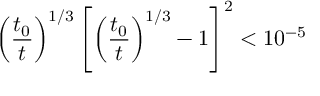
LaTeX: \left( \frac { t _ { 0 } } { t } \right) ^ { 1 / 3 } \left[ \left( \frac { t _ { 0 } } { t } \right) ^ { 1 / 3 } - 1 \right] ^ { 2 } < 1 0 ^ { - 5 }